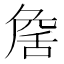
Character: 𦧕